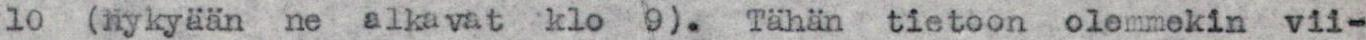
10 (nykyään ne alkavat klo 9). Tähän tietoon olemmekin vii-